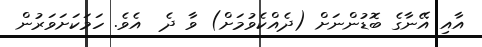
އާއި އޭނާގެ ބޮޑުންނަށް (ދެއްކެވުމަށް) ވާ ދެ  އެވެ. ހަމަކަށަވަރުން